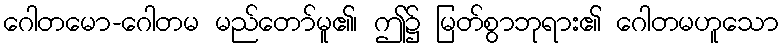
ဂေါတမော-ဂေါတမ မည်တော်မူ၏၊ ဤ၌ မြတ်စွာဘုရား၏ ဂေါတမဟူသော